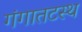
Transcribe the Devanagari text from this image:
गंगातटस्थ